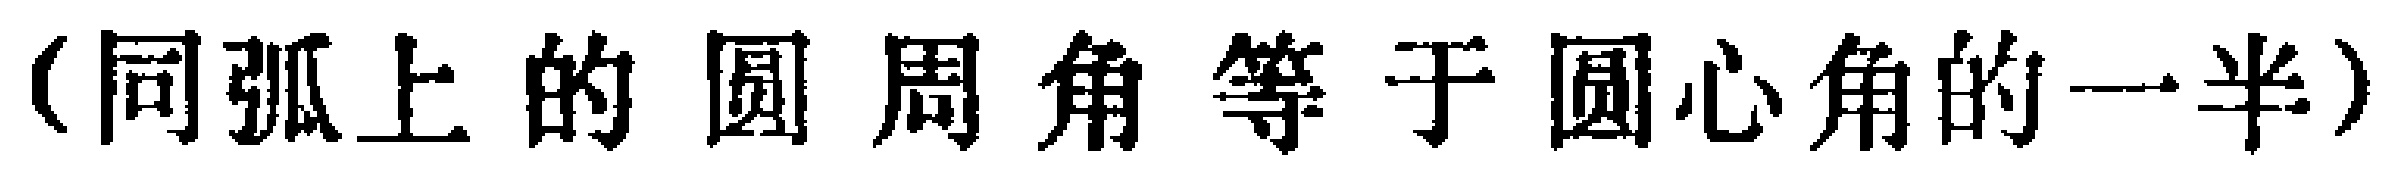
(同弧上的圆周角等于圆心角的一半)